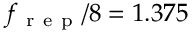
f _ { \mathrm { ~ r ~ e ~ p ~ } } / 8 = 1 . 3 7 5